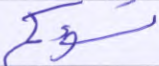
تسؤكم